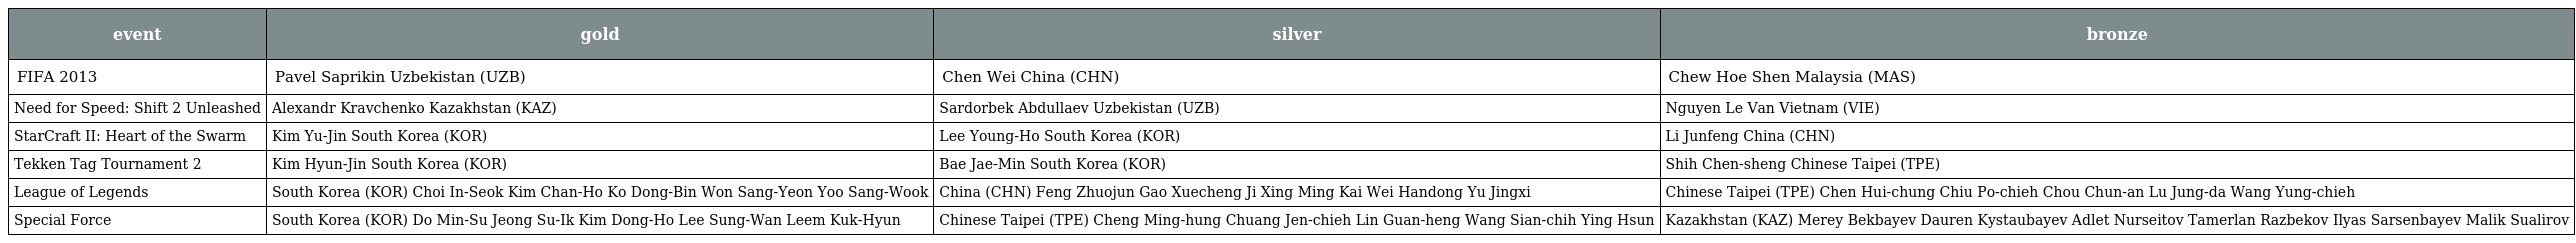
| event | gold | silver | bronze |
 | --- | --- | --- | --- |
 | FIFA 2013 | Pavel Saprikin Uzbekistan (UZB) | Chen Wei China (CHN) | Chew Hoe Shen Malaysia (MAS) |
 | Need for Speed: Shift 2 Unleashed | Alexandr Kravchenko Kazakhstan (KAZ) | Sardorbek Abdullaev Uzbekistan (UZB) | Nguyen Le Van Vietnam (VIE) |
 | StarCraft II: Heart of the Swarm | Kim Yu-Jin South Korea (KOR) | Lee Young-Ho South Korea (KOR) | Li Junfeng China (CHN) |
 | Tekken Tag Tournament 2 | Kim Hyun-Jin South Korea (KOR) | Bae Jae-Min South Korea (KOR) | Shih Chen-sheng Chinese Taipei (TPE) |
 | League of Legends | South Korea (KOR) Choi In-Seok Kim Chan-Ho Ko Dong-Bin Won Sang-Yeon Yoo Sang-Wook | China (CHN) Feng Zhuojun Gao Xuecheng Ji Xing Ming Kai Wei Handong Yu Jingxi | Chinese Taipei (TPE) Chen Hui-chung Chiu Po-chieh Chou Chun-an Lu Jung-da Wang Yung-chieh |
 | Special Force | South Korea (KOR) Do Min-Su Jeong Su-Ik Kim Dong-Ho Lee Sung-Wan Leem Kuk-Hyun | Chinese Taipei (TPE) Cheng Ming-hung Chuang Jen-chieh Lin Guan-heng Wang Sian-chih Ying Hsun | Kazakhstan (KAZ) Merey Bekbayev Dauren Kystaubayev Adlet Nurseitov Tamerlan Razbekov Ilyas Sarsenbayev Malik Sualirov |